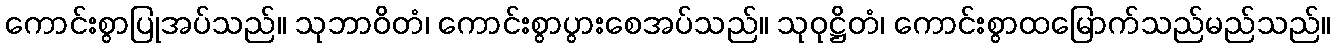
ကောင်းစွာပြုအပ်သည်။ သုဘာဝိတံ၊ ကောင်းစွာပွားစေအပ်သည်။ သုဝုဋ္ဌိတံ၊ ကောင်းစွာထမြောက်သည်မည်သည်။